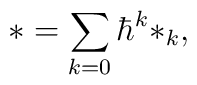
*=\sum\limits_{k=0}\hbar^k*_k,